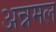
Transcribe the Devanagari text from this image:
अन्नमल